Source: Handwritten
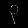
Digit: ၃ (3)